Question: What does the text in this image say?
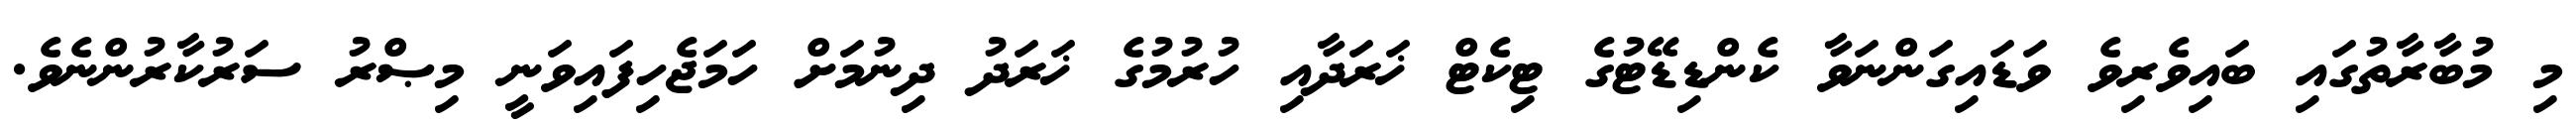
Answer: މި މުބާރާތުގައި ބައިވެރިވެ ވަޑައިގަންނަވާ ކެންޑިޑޭޓުގެ ޓިކެޓް ޚަރަދާއި ހުރުމުގެ ޚަރަދު ދިނުމަށް ހަމަޖެހިފައިވަނީ މިޞްރު ސަރުކާރުންނެވެ.